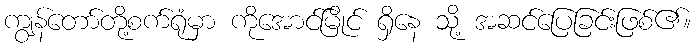
ကျွန်တော်တို့စက်ရုံမှာ ကိုအောင်မြိုင် ရှိနေ သို့ အဆင်ပြေခြင်းဖြစ်၏။